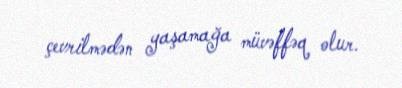
çevrilmədən yaşamağa müvəffəq olur.